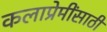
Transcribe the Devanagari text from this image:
कलाप्रेमींसाठी